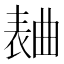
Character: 𣍅